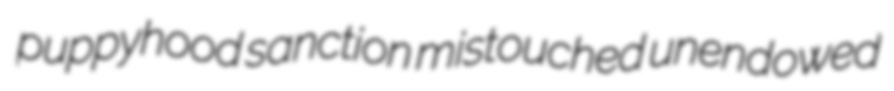
puppyhood sanction mistouched unendowed